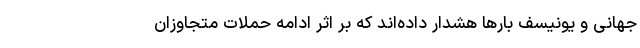
جهانی و یونیسف بارها هشدار داده‌اند که بر اثر ادامه حملات متجاوزان